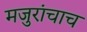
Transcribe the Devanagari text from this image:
मजुरांचाच